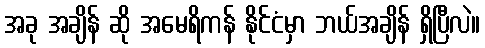
အခု အချိန် ဆို အမေရိကန် နိုင်ငံမှာ ဘယ်အချိန် ရှိပြီလဲ။